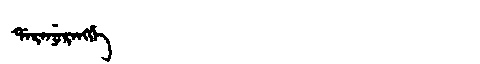
Manchu: ᡩᠠᡵᠠᠨᡠᡵᠠᠩᡤᡝ
Romanization: DARANURANGGE